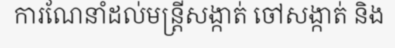
ការណែនាំដល់មន្ត្រីសង្កាត់ ចៅសង្កាត់ និង